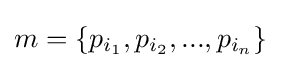
m=\{p_{i_{1}},p_{i_{2}},...,p_{i_{n}}\}